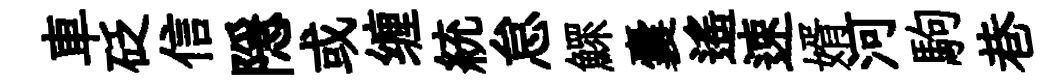
車砭信隠或缠統怠鰥囊遥速婿河駒巷